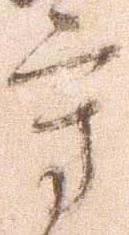
守